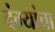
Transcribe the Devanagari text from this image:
दंग्यांचा